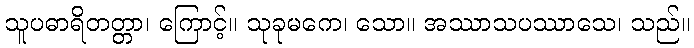
သူပဓာရိတတ္တာ၊ ကြောင့်။ သုခုမကေ၊ သော။ အဿာသပဿာသေ၊ သည်။